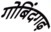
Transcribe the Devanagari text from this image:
गोबिंदगढ़